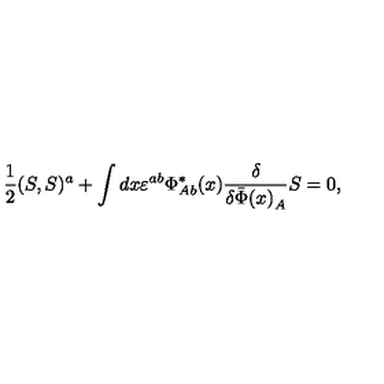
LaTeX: \frac { 1 } { 2 } ( S , S ) ^ { a } + \int d x \varepsilon ^ { a b } \Phi _ { A b } ^ { * } ( x ) \frac { \delta } { \delta { \bar { \Phi } ( x ) } _ { A } } S = 0 ,